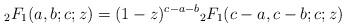
LaTeX: \begin{align*}{}_2F_1(a,b;c;z) = (1-z)^{c-a-b} {}_2F_1(c-a, c-b;c;z)\end{align*}